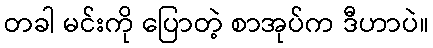
တခါ မင်းကို ပြောတဲ့ စာအုပ်က ဒီဟာပဲ။